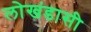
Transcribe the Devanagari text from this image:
लोखंडासी